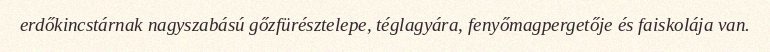
erdőkincstárnak nagyszabású gőzfürésztelepe, téglagyára, fenyőmagpergetője és faiskolája van.